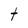
Character: t